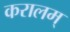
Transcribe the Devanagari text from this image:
करालम्